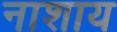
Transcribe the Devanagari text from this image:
नाशाय